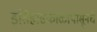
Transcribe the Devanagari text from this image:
इतिहासकाळापासूनचे